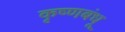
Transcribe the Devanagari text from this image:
कृष्णबंधू